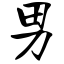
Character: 男